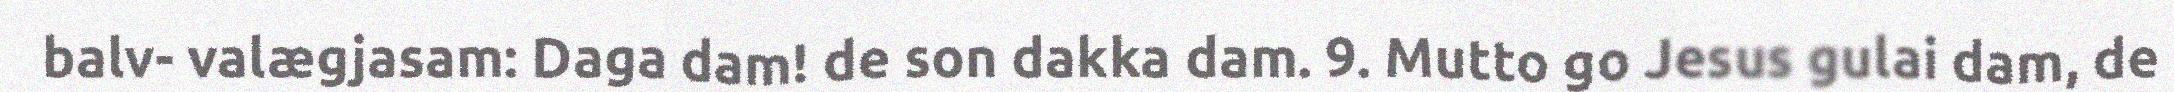
balv- valægjasam: Daga dam! de son dakka dam. 9. Mutto go Jesus gulai dam, de